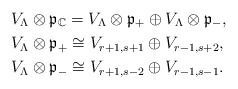
\begin{align*}& V_\Lambda\otimes\frak{p}_{\mathbb{C}} =V_\Lambda\otimes\frak{p}_+\oplus V_\Lambda\otimes\frak{p}_-,\\& V_\Lambda\otimes \frak{p}_+\cong V_{r+1, s+1}\oplus V_{r-1,s+2},\\& V_\Lambda\otimes\frak{p}_-\cong V_{r+1,s-2}\oplus V_{r-1,s-1}. \end{align*}